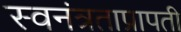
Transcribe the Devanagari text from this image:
स्वनंत्रताप्रापती